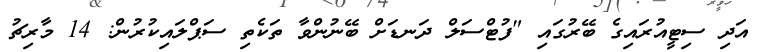
އަދި ސިޓީއުރައިގެ ބޭރުގައި "ފުޓްސަލް ދަނޑަށް ބޭނުންވާ ތަކެތި ސަޕްލައިކުރުން: 14 މާރިޗު